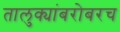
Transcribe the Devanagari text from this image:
तालुक्यांबरोबरच